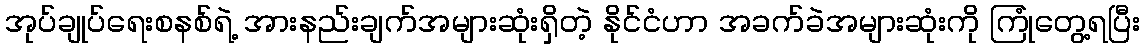
အုပ်ချုပ်ရေးစနစ်ရဲ့ အားနည်းချက်အများဆုံးရှိတဲ့ နိုင်ငံဟာ အခက်ခဲအများဆုံးကို ကြုံတွေ့ရပြီး